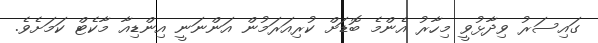
ގައިސަރު ވިދާޅުވީ މިހާރު އެންމެ ބޮޑަށް ކުރިއަރަމުން އަންނަނީ އިންޑިއާ މާކެޓް ކަމަށެވެ.